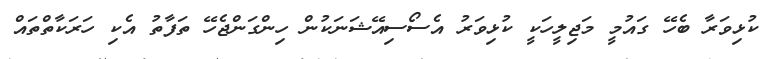
ކުޅިވަރާ ބެހޭ ގައުމީ މަޖިލީހަކީ ކުޅިވަރު އެސޯސިއޭޝަނަކުން ހިންގަންޖެހޭ ތަފާތު އެކި ހަރަކާތްތައް